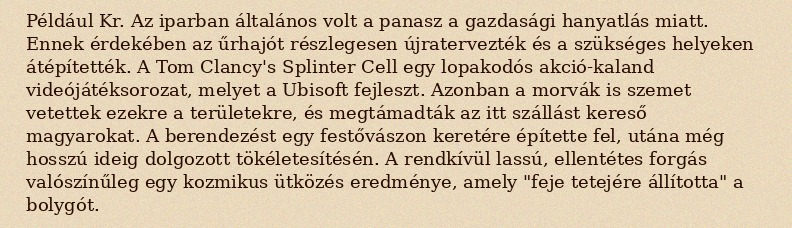
Például Kr. Az iparban általános volt a panasz a gazdasági hanyatlás miatt. Ennek érdekében az űrhajót részlegesen újratervezték és a szükséges helyeken átépítették. A Tom Clancy's Splinter Cell egy lopakodós akció-kaland videójátéksorozat, melyet a Ubisoft fejleszt. Azonban a morvák is szemet vetettek ezekre a területekre, és megtámadták az itt szállást kereső magyarokat. A berendezést egy festővászon keretére építette fel, utána még hosszú ideig dolgozott tökéletesítésén. A rendkívül lassú, ellentétes forgás valószínűleg egy kozmikus ütközés eredménye, amely "feje tetejére állította" a bolygót.